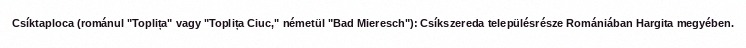
Csíktaploca (románul "Toplița" vagy "Toplița Ciuc," németül "Bad Mieresch"): Csíkszereda településrésze Romániában Hargita megyében.